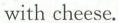
with cheese.